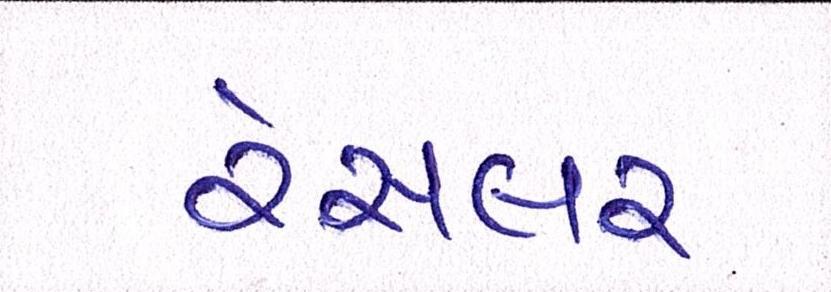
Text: રેસલર